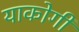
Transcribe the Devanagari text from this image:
याकोगी